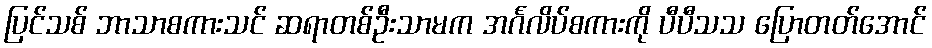
ပြင်သစ် ဘာသာစကားသင် ဆရာတစ်ဦးသာမက အင်္ဂလိပ်စကားကို ပီပီသသ ပြောတတ်အောင်